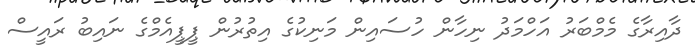
ދާއިރާގެ މެމްބަރު އަހްމަދު ނިހާން ހުސައިން މަނިކުގެ އިތުރުން ޕީޕީއެމްގެ ނައިބު ރައީސް